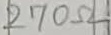
Text: 270Ω